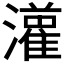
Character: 𤂦